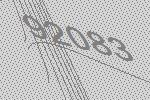
92083